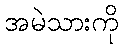
အမဲသားကို